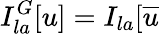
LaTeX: I_{la}^{G}[u]=I_{la}[\overline{{{u}}}